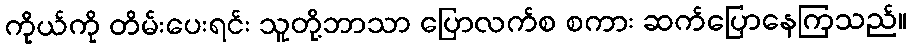
ကိုယ်ကို တိမ်းပေးရင်း သူတို့ဘာသာ ပြောလက်စ စကား ဆက်ပြောနေကြသည်။